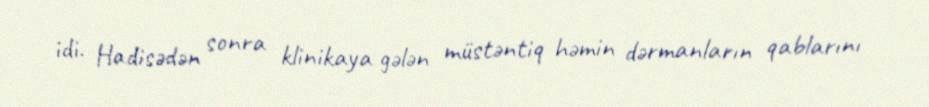
idi. Hadisədən sonra klinikaya gələn müstəntiq həmin dərmanların qablarını